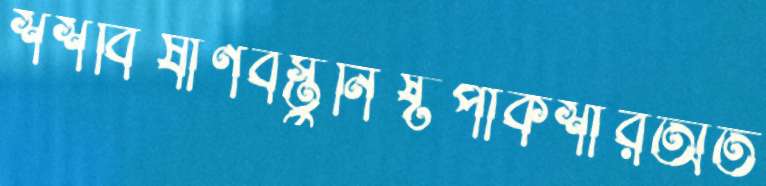
শশবিষাণবস্তুনিষ্টপাকশীরঅত